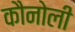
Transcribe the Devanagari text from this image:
कौनोली